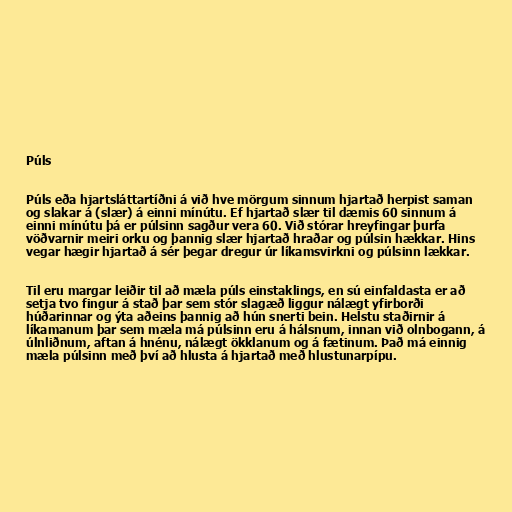
Púls

Púls eða hjartsláttartíðni á við hve mörgum sinnum hjartað herpist saman
og slakar á (slær) á einni mínútu. Ef hjartað slær til dæmis 60 sinnum á
einni mínútu þá er púlsinn sagður vera 60. Við stórar hreyfingar þurfa
vöðvarnir meiri orku og þannig slær hjartað hraðar og púlsin hækkar. Hins
vegar hægir hjartað á sér þegar dregur úr líkamsvirkni og púlsinn lækkar.

Til eru margar leiðir til að mæla púls einstaklings, en sú einfaldasta er að
setja tvo fingur á stað þar sem stór slagæð liggur nálægt yfirborði
húðarinnar og ýta aðeins þannig að hún snerti bein. Helstu staðirnir á
líkamanum þar sem mæla má púlsinn eru á hálsnum, innan við olnbogann, á
úlnliðnum, aftan á hnénu, nálægt ökklanum og á fætinum. Það má einnig
mæla púlsinn með því að hlusta á hjartað með hlustunarpípu.